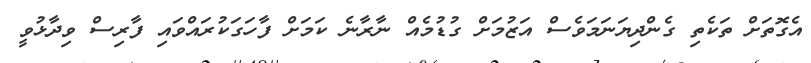
އެގޮތަށް ތަކެތި ގެންދިޔަނަމަވެސް އަޒުމަށް ގުޑުމެއް ނާރާނެ ކަމަށް ފާހަގަކުރައްވައި ފާރިސް ވިދާޅުވީ